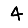
Digit: 4